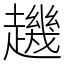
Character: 䟇